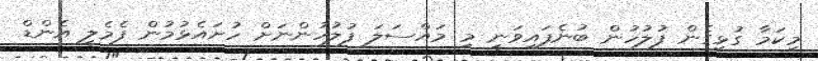
މިިކަމާ ގުޅިގެން ފުލުހުން ބުނެފައިވަނީ މި މައްސަލަ ފުލުހުންނަށް ހުށައެޅުމުން ފެމެލީ އެންޑް